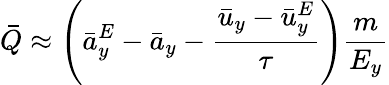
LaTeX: \bar{Q}\approx\left(\bar{a}_{y}^{E}-\bar{a}_{y}-\frac{\bar{u}_{y}-\bar{u}_{y}^{E}}{\tau}\right)\frac{m}{E_{y}}